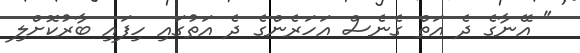
" އޭނާގެ ދެ އަތް ގެނެސް އަހަރެންގެ ދެ އަތުގައި ހިފައި ބާރުކޮށްލި